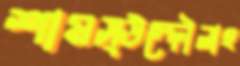
শামস্উদ্দৌলাহ